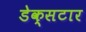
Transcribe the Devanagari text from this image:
डेक्सटार